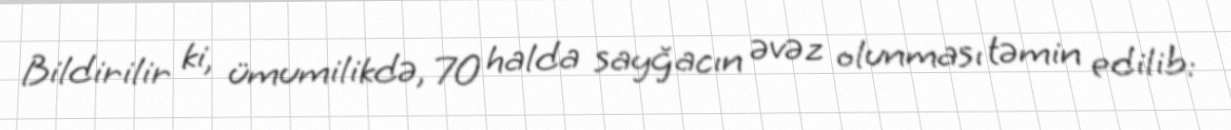
Bildirilir ki, ümumilikdə, 70 halda sayğacın əvəz olunması təmin edilib: